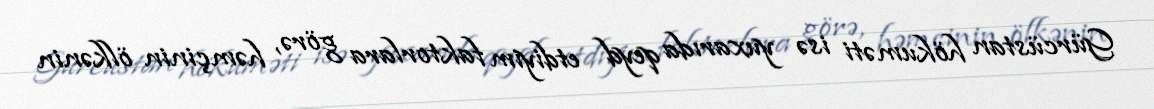
Gürcüstan hökuməti isə yuxarıda qeyd etdiyim faktorlara görə, həmçinin ölkənin